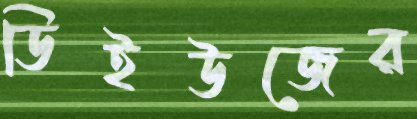
ডিইউজের